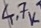
Text: 4.7K